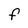
Character: F